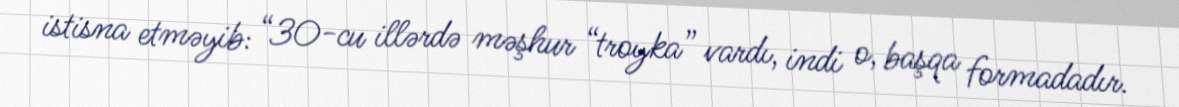
istisna etməyib: “30-cu illərdə məşhur “troyka” vardı, indi o, başqa formadadır.